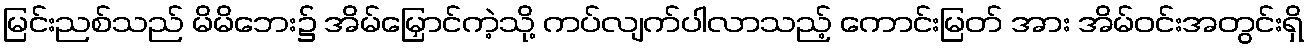
မြင်းညစ်သည် မိမိဘေး၌ အိမ်မြှောင်ကဲ့သို့ ကပ်လျက်ပါလာသည့် ကောင်းမြတ် အား အိမ်ဝင်းအတွင်းရှိ